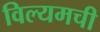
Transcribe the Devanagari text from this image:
विल्यमची